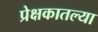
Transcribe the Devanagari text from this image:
प्रेक्षकातल्या